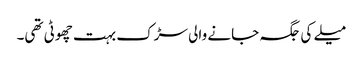
میلے کی جگہ جانے والی سڑک بہت چھوٹی تھی۔